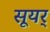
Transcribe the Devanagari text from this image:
सूयर्